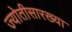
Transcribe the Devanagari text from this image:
ज्योतीसारख्या